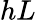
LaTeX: hL